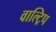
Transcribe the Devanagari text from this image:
वाल्ट्रिप